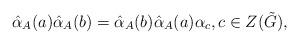
LaTeX: \begin{align*} \hat{\alpha}_{A}(a)\hat{\alpha}_{A}(b)=\hat{\alpha}_{A}(b)\hat{\alpha}_{A}(a)\alpha_c,c\in Z(\tilde{G}),\end{align*}